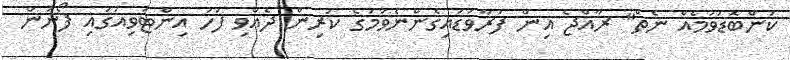
ކަންބޮޑުވުމެއް ނެތް" ރާއްޖެ އިން ފުރާވަޑައިގެންނެވުމުގެ ކުރިން ދެއްވި ފަހު އިންޓަވިއުގައި ފޯނުން